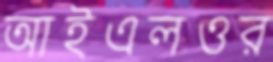
আইএলওর